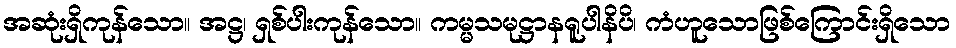
အဆုံးရှိကုန်သော။ အဋ္ဌ၊ ရှစ်ပါးကုန်သော။ ကမ္မသမုဋ္ဌာနရူပါနိပိ၊ ကံဟူသောဖြစ်ကြောင်းရှိသော